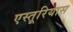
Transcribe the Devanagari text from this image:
एस्तूरियास